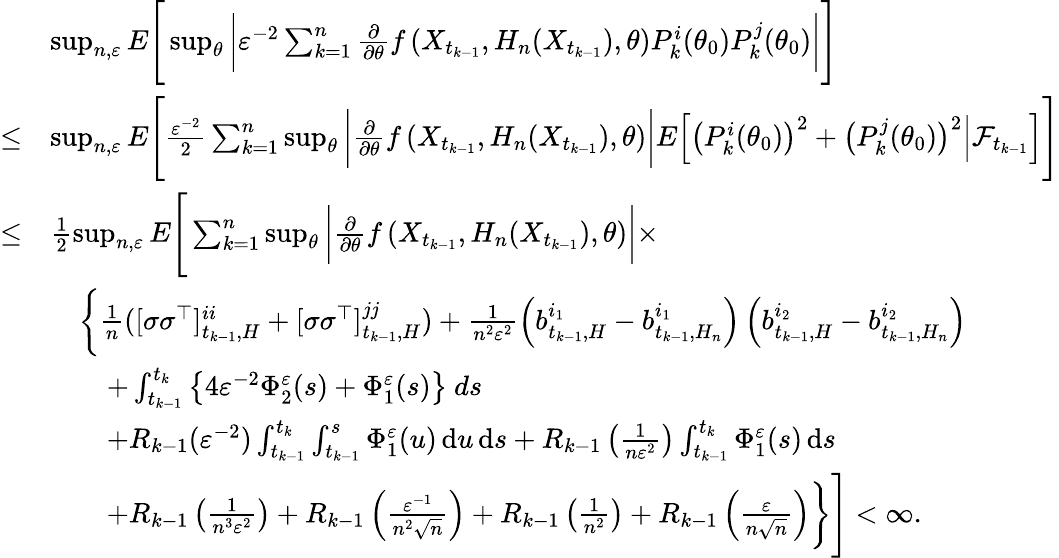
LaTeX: \begin{array}{rl}&{\operatorname*{sup}_{n,\varepsilon}E\Bigg[\operatorname*{sup}_{\theta}\bigg|\varepsilon^{-2}\sum_{k=1}^{n}\frac{\partial}{\partial\theta}f\left(X_{t_{k-1}},H_{n}(X_{t_{k-1}}),\theta\right)P_{k}^{i}(\theta_{0})P_{k}^{j}(\theta_{0})\bigg|\Bigg]}\\ {\leq}&{\operatorname*{sup}_{n,\varepsilon}E\Bigg[\frac{\varepsilon^{-2}}{2}\sum_{k=1}^{n}\operatorname*{sup}_{\theta}\bigg|\frac{\partial}{\partial\theta}f\left(X_{t_{k-1}},H_{n}(X_{t_{k-1}}),\theta\right)\bigg|E\Big[\big(P_{k}^{i}(\theta_{0})\big)^{2}+\big(P_{k}^{j}(\theta_{0})\big)^{2}\Big|\mathcal{F}_{t_{k-1}}\Big]\Bigg]}\\ {\leq}&{\frac{1}{2}\operatorname*{sup}_{n,\varepsilon}E\Bigg[\sum_{k=1}^{n}\operatorname*{sup}_{\theta}\bigg|\frac{\partial}{\partial\theta}f\left(X_{t_{k-1}},H_{n}(X_{t_{k-1}}),\theta\right)\bigg|\times}\\ &{\quad\bigg\{ \frac{1}{n}([\sigma\sigma^{\top}]_{t_{k-1},H}^{ii}+[\sigma\sigma^{\top}]_{t_{k-1},H}^{jj})+\frac{1}{n^{2}\varepsilon^{2}}\left(b_{t_{k-1},H}^{i_{1}}-b_{t_{k-1},H_{n}}^{i_{1}}\right)\left(b_{t_{k-1},H}^{i_{2}}-b_{t_{k-1},H_{n}}^{i_{2}}\right)}\\ &{\qquad+\int_{t_{k-1}}^{t_{k}}\left\{ 4\varepsilon^{-2}\Phi_{2}^{\varepsilon}(s)+\Phi_{1}^{\varepsilon}(s)\right\} ~ds}\\ &{\qquad+R_{k-1}(\varepsilon^{-2})\int_{t_{k-1}}^{t_{k}}\int_{t_{k-1}}^{s}\Phi_{1}^{\varepsilon}(u)\, \mathrm{d}u\, \mathrm{d}s+R_{k-1}\left(\frac{1}{n\varepsilon^{2}}\right)\int_{t_{k-1}}^{t_{k}}\Phi_{1}^{\varepsilon}(s)\, \mathrm{d}s}\\ &{\qquad+R_{k-1}\left(\frac{1}{n^{3}\varepsilon^{2}}\right)+R_{k-1}\left(\frac{\varepsilon^{-1}}{n^{2}\sqrt{n}}\right)+R_{k-1}\left(\frac{1}{n^{2}}\right)+R_{k-1}\left(\frac{\varepsilon}{n\sqrt{n}}\right)\bigg\} \Bigg]<\infty.}\end{array}